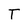
Character: T